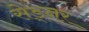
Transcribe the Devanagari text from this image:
सेड्नर